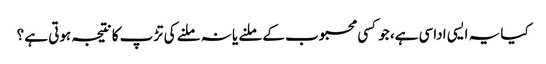
کیا یہ ایسی اداسی ہے، جو کسی محبوب کے ملنے یا نہ ملنے کی تڑپ کا نتیجہ ہوتی ہے ؟